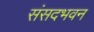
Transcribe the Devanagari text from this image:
संसदभवन